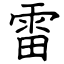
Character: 雷